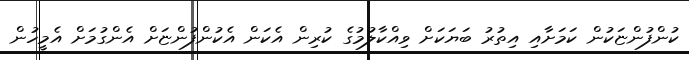
ކުންފުންޏަކުން ކަމަށާއި އިތުރު ބަޔަކަށް ވިއްކާލުމުގެ ކުރިން އެކަން އެކުންފުންޏަށް އެންގުމަށް އެމީހުން